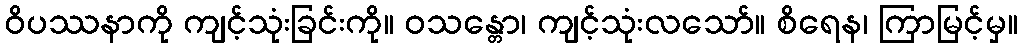
ဝိပဿနာကို ကျင့်သုံးခြင်းကို။ ဝသန္တော၊ ကျင့်သုံးလသော်။ စိရေန၊ ကြာမြင့်မှ။